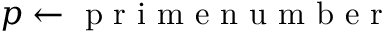
p \gets \mathrm { ~ p ~ r ~ i ~ m ~ e ~ n ~ u ~ m ~ b ~ e ~ r ~ }